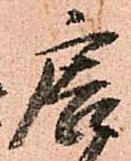
唐